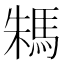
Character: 𩢻